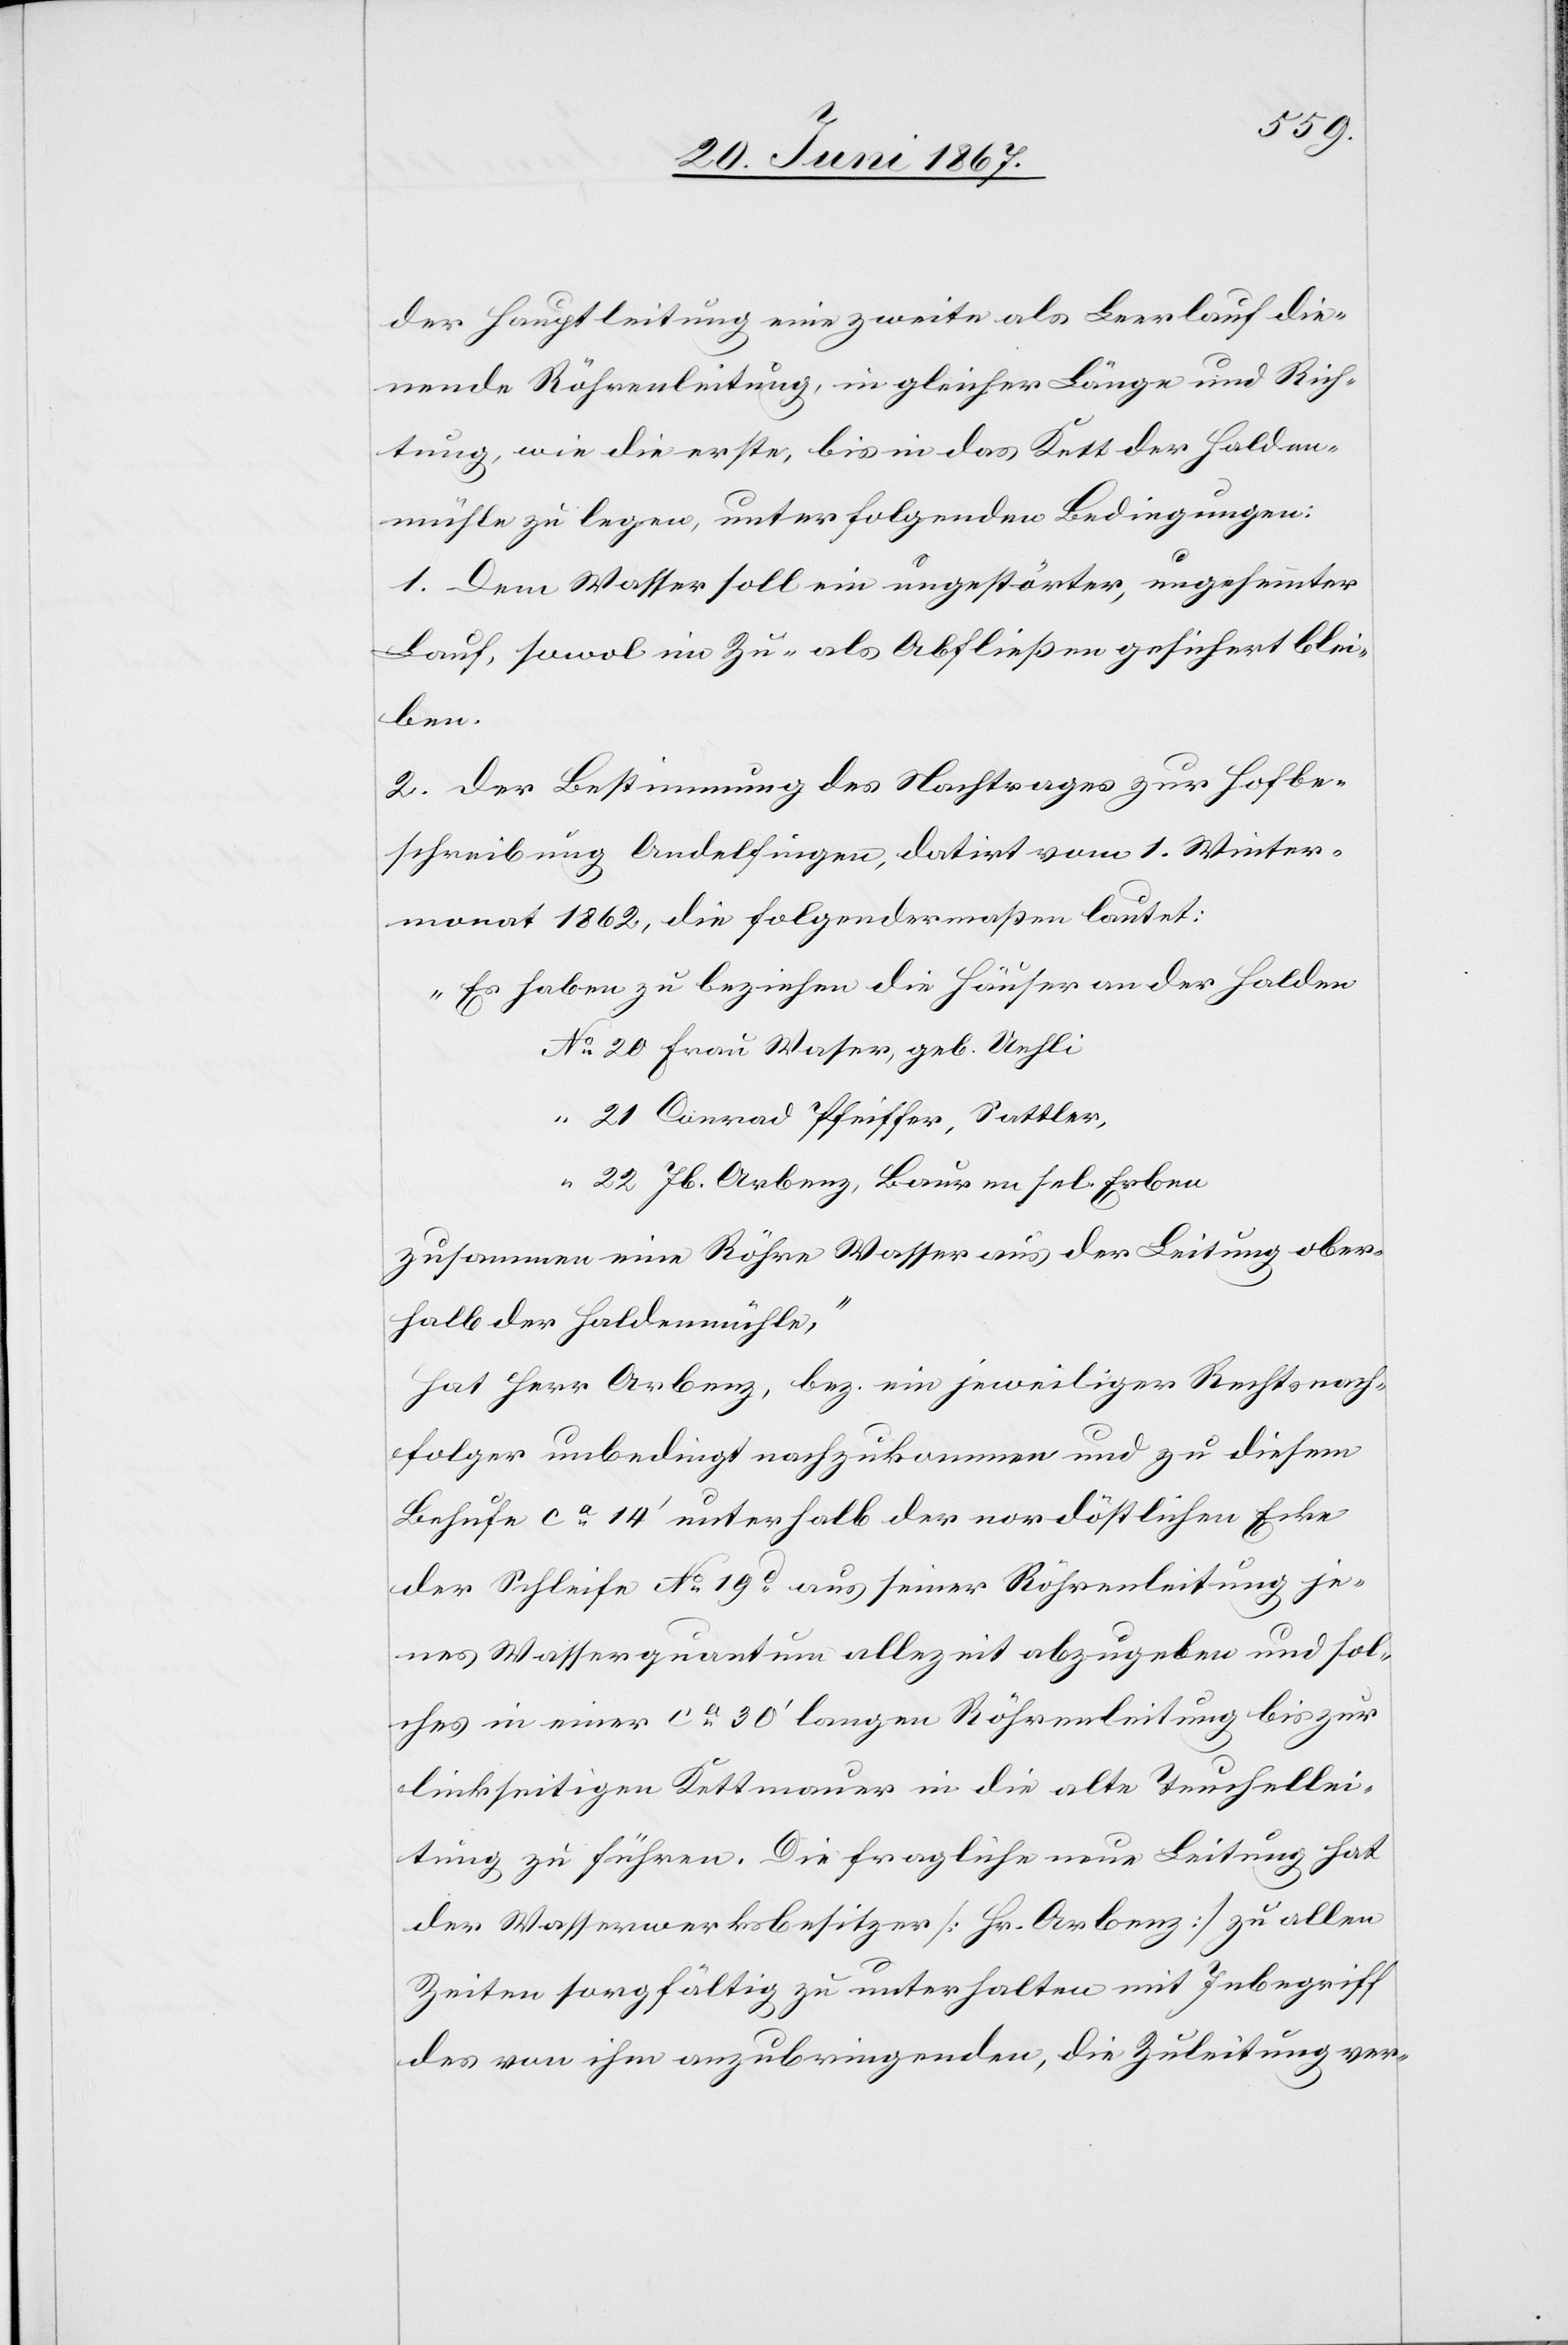
der Hauptleitung eine zweite als Leerlauf die¬
nende Röhrenleitung, in gleicher Länge und Rich¬
tung, wie die erste, bis in das Kett der Halden¬
mühle zu legen, unter folgenden Bedingungen:
1. Dem Wasser soll ein ungestörter, ungehemmter
Lauf, sowol im Zu- als Abfließen gesichert blei¬
ben.
2. Der Bestimmung des Nachtrags zur Hofbe¬
schreibung Andelfingen, datirt vom 1. Winter¬
monat 1862, die folgendermaßen lautet:
„Es haben zu beziehen die Häuser an der Halden
No. 20 Frau Waser, geb. Uehli,
“ 21 Conrad Pfeiffer, Sattler,
“ 22 Jb. Arbenz, Bauren sel. Erben
zusammen eine Röhre Wasser aus der Leitung ober¬
halb der Haldenmühle,“
hat Herr Arbenz, bez. ein jeweiliger Rechtsnach¬
folger unbedingt nachzukommen und zu diesem
Behufe ca. 14‘ unterhalb der nordöstlichen Ecke
der Schleife No. 19d. aus seiner Röhrenleitung je¬
nes Wasserquantum allezeit abzugeben und sol¬
ches in einer ca. 30‘ langen Röhrenleitung bis zur
linkseitigen Kettmauer in die alte Teuchellei¬
tung zu führen. Die fragliche neue Leitung hat
der Wasserwerksbesitzer [Hr. Arbenz] zu allen
Zeiten sorgfältig zu unterhalten mit Inbegriff
des von ihm anzubringenden, die Zuleitung ver-